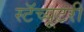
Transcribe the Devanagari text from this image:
स्टॅच्यूटरी